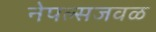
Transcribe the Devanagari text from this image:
नेपल्सजवळ